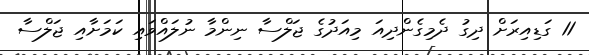
11 ގަޑިއިރަށް ދިގު ދެމިގެންދިއަ މިއަދުގެ ޖަލްސާ ނިންމާ ނުލައްވައި ކަމަށާއި ޖަލްސާ